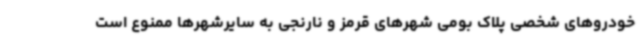
خودروهای شخصی پلاک بومی شهرهای قرمز و نارنجی به سایرشهرها ممنوع است